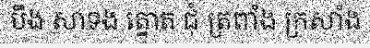
បឹង សាទង ត្នោត ជុំ ត្រពាំង ក្រសាំង